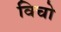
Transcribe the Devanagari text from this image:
विचो